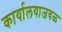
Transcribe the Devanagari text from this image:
कार्यालयाजवळ